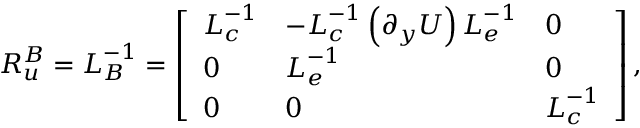
\boldsymbol { R _ { u } ^ { B } } = \boldsymbol { L } _ { \boldsymbol { B } } ^ { - 1 } = \left[ \begin{array} { l l l } { \boldsymbol { L } _ { \boldsymbol { c } } ^ { - 1 } } & { - \boldsymbol { L } _ { \boldsymbol { c } } ^ { - 1 } \left( \boldsymbol { \partial _ { y } U } \right) \boldsymbol { L } _ { \boldsymbol { e } } ^ { - 1 } } & { \boldsymbol { 0 } } \\ { \boldsymbol { 0 } } & { \boldsymbol { L } _ { \boldsymbol { e } } ^ { - 1 } } & { \boldsymbol { 0 } } \\ { \boldsymbol { 0 } } & { \boldsymbol { 0 } } & { \boldsymbol { L } _ { \boldsymbol { c } } ^ { - 1 } } \end{array} \right] ,